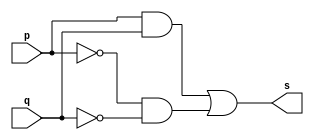
// -- PUC Minas - Instituto de Ciencias Exatas e Informatica
// -- Ciencia da Computacao - Professor Theldo Cruz
// Nome: ANA CRISTINA PEREIRA TEIXEIRA

// 11 - Definir e testar um modulo com uma expressao envolvendo portas de um circuito capaz de receber um byte
// e retornar 1, se todos os seus bits forem iguais a 0
// Eh recomendavel simular o modulo no Logisim

// --------------------- 
// -- xnor gate
// --------------------- 
module xnor2gate (output s, input p, input q);
	// (ab) + (a'b')
	assign s0 = (p && q);
	assign s1 = ((~p) && (~q));
	assign s = s0 | s1;
endmodule // or2gate

// --------------------- 
// -- test xnorgate 
// --------------------- 
module testxnorgate;
	// ------------------------- dados locais
	reg [7:0] a; // definir registrador 
	wire z0, z1, z2, z3, z4, z5, s; // definir conexao (fio)
	
	// ------------------------- instancia
	xnor2gate XNOR1 (z0, a[0], a[1]);
	xnor2gate XNOR2 (z1, a[2], a[3]);
	xnor2gate XNOR3 (z2, a[4], a[5]);
	xnor2gate XNOR4 (z3, a[6], a[7]);
	xnor2gate XNOR5 (z4, z0, z1);
	xnor2gate XNOR6 (z5, z2, z3);
	xnor2gate XNOR7 (s, z4, z5);
	
	// ------------------------- preparacao
	initial begin:start
		a = 8'b00000000;
	end
	
	// ------------------------- parte principal
	initial begin:main
		$display("Extra 0001 - ANA CRISTINA - 427385");
		$display("Test xnor gate");
		
		$monitor("%8b = %b", a, s);
		#1 a = 8'b00000001;
		#1 a = 8'b00000010;
		#1 a = 8'b00000100;
		#1 a = 8'b00001000;
		#1 a = 8'b00010000;
		#1 a = 8'b00100000;
		#1 a = 8'b01000000;

		#1 a = 8'b11111111;
		end
endmodule // testandgate

// -- Testes
// Extra 0001 - ANA CRISTINA - 427385
// Test xnor gate
// 00000000 = 1
// 00000001 = 0
// 00000010 = 0
// 00000100 = 0
// 00001000 = 0
// 00010000 = 0
// 00100000 = 0
// 01000000 = 0
// 11111111 = 1